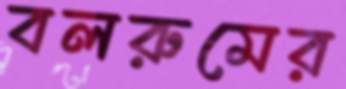
বলরুমের